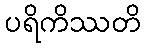
ပရိကိဿတိ